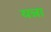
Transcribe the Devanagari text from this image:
यन्ना